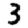
Digit: 3